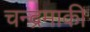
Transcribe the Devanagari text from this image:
चन्द्रमाकी